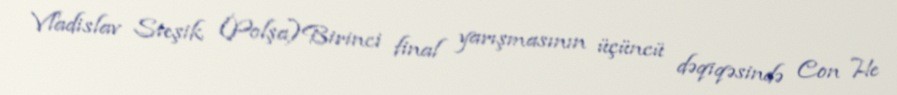
Vladislav Steşik (Polşa)Birinci final yarışmasının üçüncü dəqiqəsində Con He